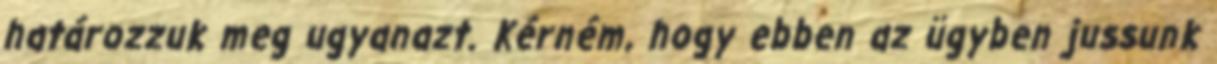
határozzuk meg ugyanazt. Kérném, hogy ebben az ügyben jussunk